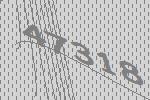
47318